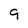
Character: 9